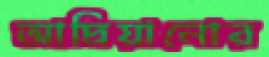
আদ্রিয়ানোর